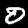
Label: 0